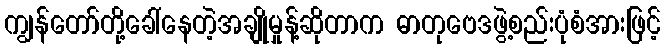
ကျွန်တော်တို့ခေါ်နေတဲ့အချိုမှုန့်ဆိုတာက ဓာတုဗေဒဖွဲ့စည်းပုံစံအားဖြင့်